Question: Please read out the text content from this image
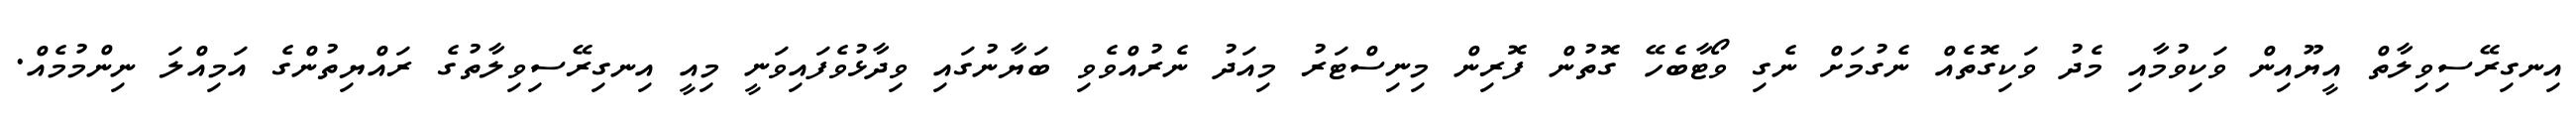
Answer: އިނގިރޭސިވިލާތް އީޔޫއިން ވަކިވުމާއި މެދު ވަކިގޮތެއް ނެގުމަށް ނެގި ވޯޓާބެހޭ ގޮތުން ފޮރިން މިނިސްޓަރު މިއަދު ނެރުއްވެވި ބަޔާނުގައި ވިދާޅުވެފައިވަނީ މިއީ އިނގިރޭސިވިލާތުގެ ރައްޔިތުންގެ އަމިއްލަ ނިންމުމެއް.